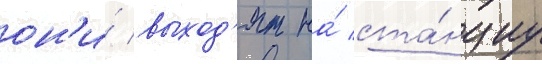
он'и́ выход'ят на́ ста́нциу